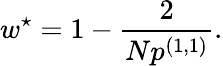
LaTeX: w^{\star}=1-\frac{2}{Np^{(1,1)}}.